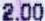
2.00